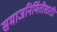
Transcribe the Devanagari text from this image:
समाजनिर्मितीसाठी